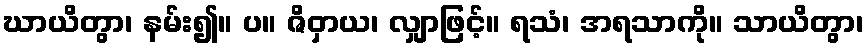
ဃာယိတွာ၊ နမ်း၍။ ပ။ ဇိဝှာယ၊ လျှာဖြင့်။ ရသံ၊ အရသာကို။ သာယိတွာ၊